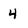
Character: 4